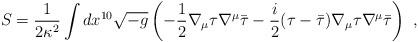
LaTeX: \begin{align*}S = \frac{1}{2 \kappa^2} \int dx^{10} \sqrt{-g}\left( - \frac{1}{2} \nabla_{\mu} \tau \nabla^{\mu} \bar{\tau} - \frac{i}{2} (\tau - \bar{\tau} ) \nabla_{\mu} \tau\nabla^{\mu} \bar{\tau} \right) ~ ,\end{align*}